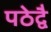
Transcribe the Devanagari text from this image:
पठेद्वै